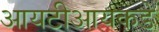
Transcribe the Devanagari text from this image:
आयटीआयकडे